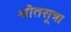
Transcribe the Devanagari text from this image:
श्रौतसूत्र।